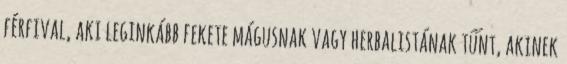
férfival, aki leginkább fekete mágusnak vagy herbalistának tűnt, akinek